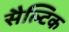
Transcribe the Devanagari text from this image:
सैल्टिक